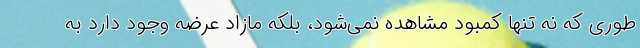
طوری که نه تنها کمبود مشاهده نمی‌شود، بلکه مازاد عرضه وجود دارد به